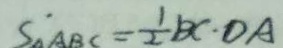
S _ { \Delta A B C } = \frac { 1 } { 2 } B C \cdot D A